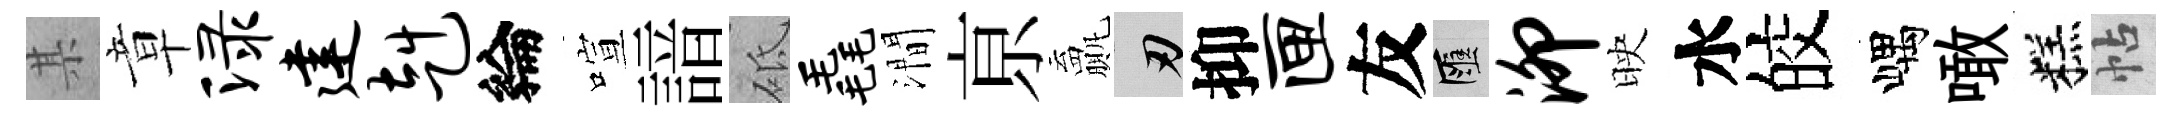
某章渌建赳綸喧諳砥毳澗亰贏刃抑匣友匯泖映水皎嵎噉糕帖